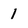
Character: 1